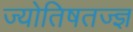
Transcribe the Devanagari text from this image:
ज्योतिषतज्ज्ञ